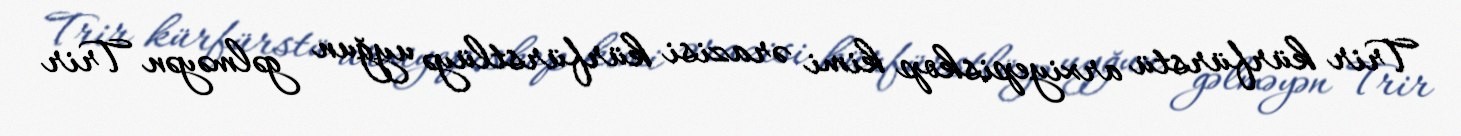
Trir kürfürstü arxiyepiskop kimi ərazisi kürfürstlüyə uyğun gəlməyən Trir